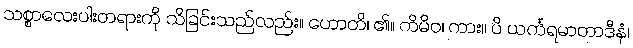
သစ္စာလေးပါးတရားကို သိခြင်းသည်လည်း။ ဟောတိ၊ ၏။ ကိမိဝ၊ ကား။ ပိ ယင်္ကရမာတာဒီနံ၊